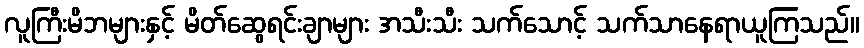
လူကြီးမိဘများနှင့် မိတ်ဆွေရင်းချာများ အသီးသီး သက်သောင့် သက်သာနေရာယူကြသည်။